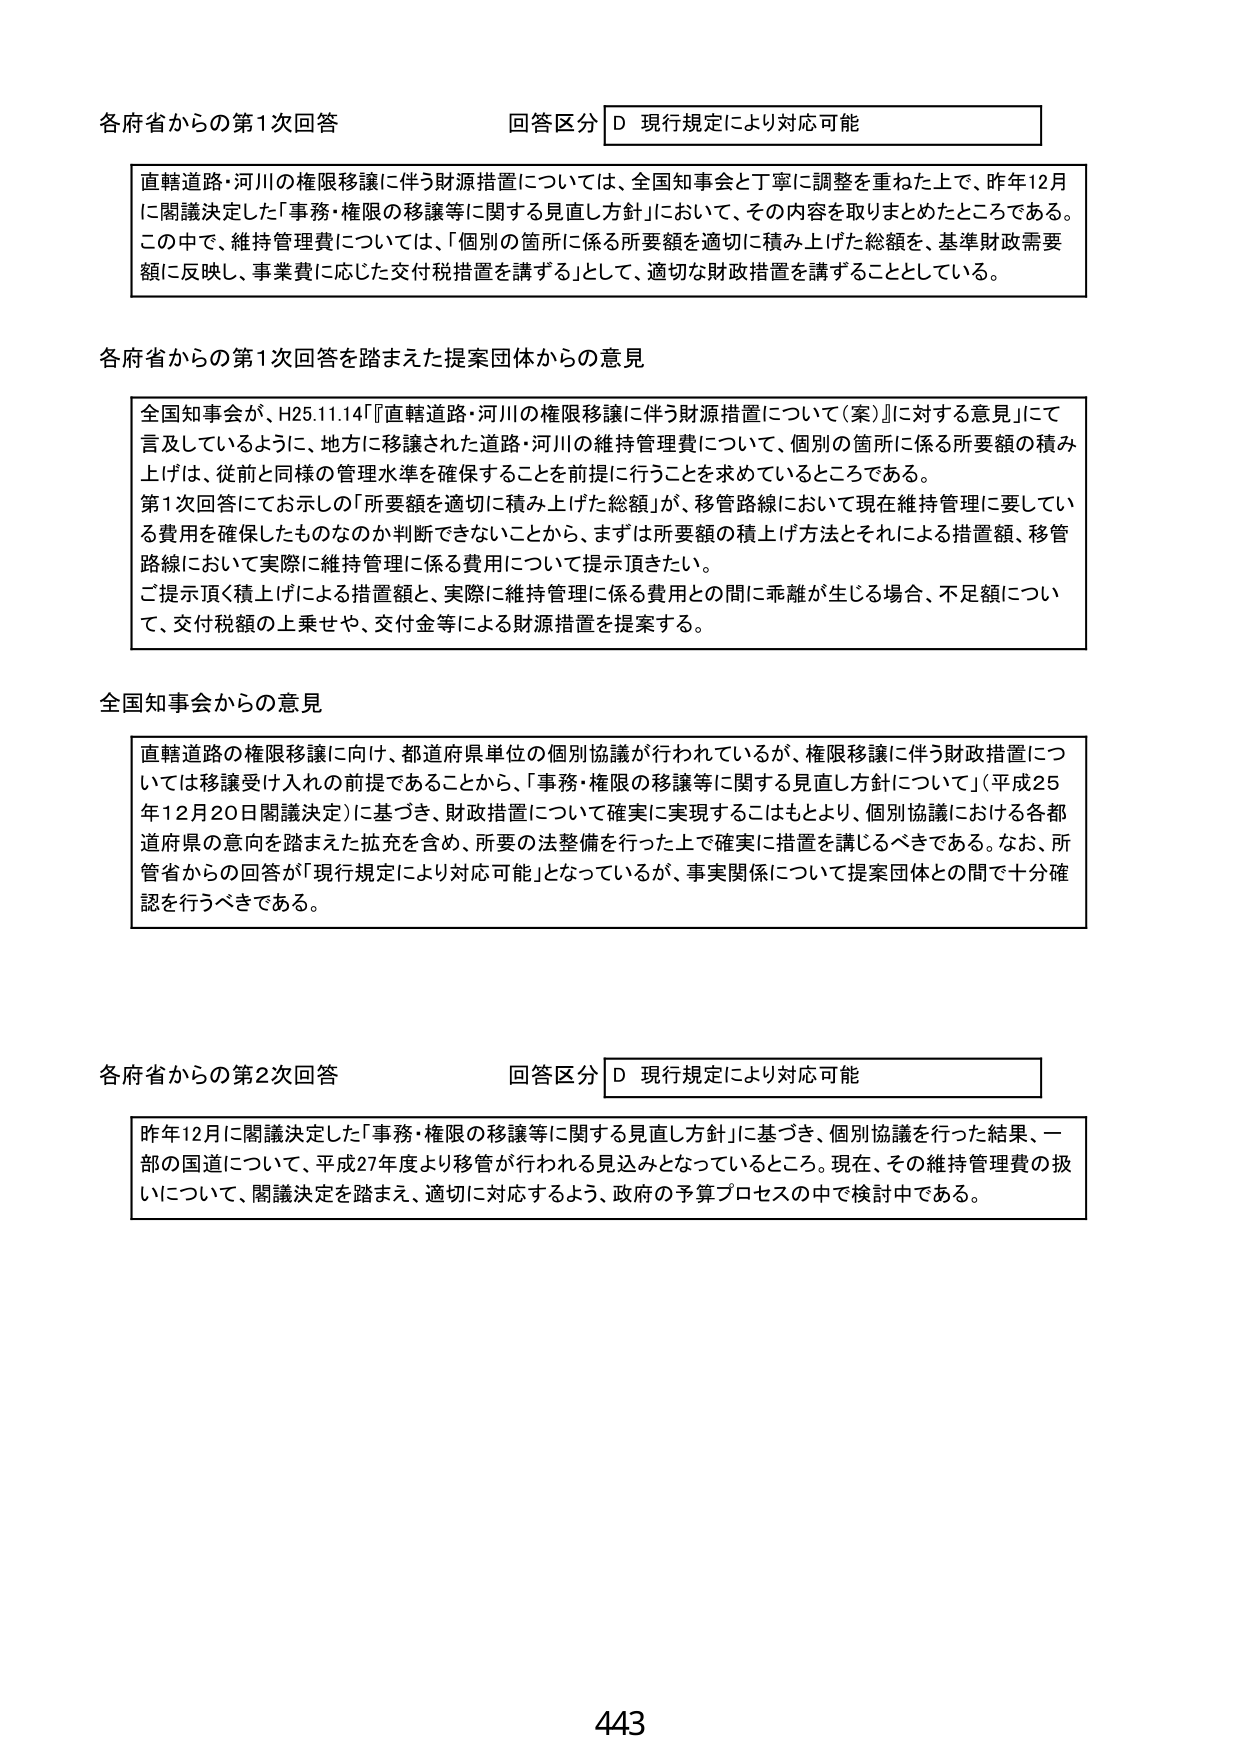
各府省からの第1次回答
回答区分 D 現行規定により対応可能

直轄道路・河川の権限移譲に伴う財源措置については、全国知事会と丁寧に調整を重ねた上で、昨年12月に閣議決定した「事務・権限の移譲等に関する見直し方針」において、その内容を取りまとめたところである。この中で、維持管理費については、「個別の箇所に係る所要額を適切に積み上げた総額を、基準財政需要額に反映し、事業費に応じた交付税措置を講ずる」として、適切な財政措置を講ずることとしている。

各府省からの第1次回答を踏まえた提案団体からの意見

全国知事会が、H25.11.14「『直轄道路・河川の権限移譲に伴う財源措置について（案）』に対する意見」にて言及しているように、地方に移譲された道路・河川の維持管理費について、個別の箇所に係る所要額の積み上げは、従前と同様の管理水準を確保することを前提に行うことを求めているところである。第1次回答にてお示しの「所要額を適切に積み上げた総額」が、移管路線において現在維持管理に要している費用を確保したものなのか判断できないことから、まずは所要額の積上げ方法とそれによる措置額、移管路線において実際に維持管理に係る費用について提示頂きたい。ご提示頂く積上げによる措置額と、実際に維持管理に係る費用との間に乖離が生じる場合、不足額について、交付税額の上乗せや、交付金等による財源措置を提案する。

全国知事会からの意見

直轄道路の権限移譲に向け、都道府県単位の個別協議が行われているが、権限移譲に伴う財政措置については移譲受け入れの前提であることから、「事務・権限の移譲等に関する見直し方針について」（平成25年12月20日閣議決定）に基づき、財政措置について確実に実現することもより、個別協議における各都道府県の意向を踏まえた拡充を含め、所要の法整備を行った上で確実に措置を講じるべきである。なお、所管省からの回答が「現行規定により対応可能」となっているが、事実関係について提案団体との間で十分確認を行うべきである。

各府省からの第2次回答
回答区分 D 現行規定により対応可能

昨年12月に閣議決定した「事務・権限の移譲等に関する見直し方針」に基づき、個別協議を行った結果、一部の国道について、平成27年度より移管が行われる見込みとなっているところ。現在、その維持管理費の扱いについて、閣議決定を踏まえ、適切に対応するよう、政府の予算プロセスの中で検討中である。

443